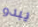
يبدو